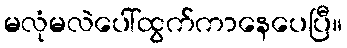
မလုံမလဲပေါ်ထွက်ကာနေပေပြီ။